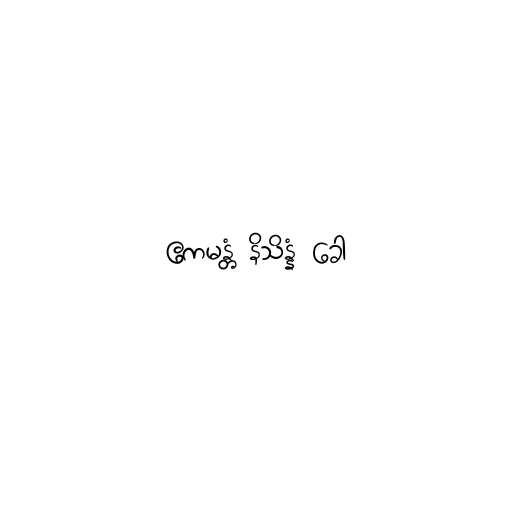
ဧကမန္တံ နိသိန္နံ ခေါ